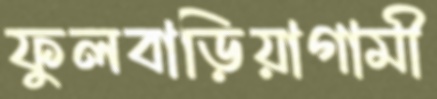
ফুলবাড়িয়াগামী